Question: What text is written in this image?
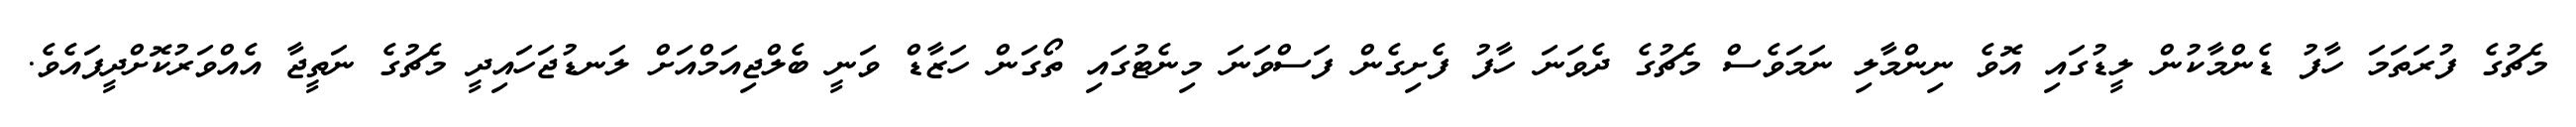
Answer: މެޗުގެ ފުރަތަމަ ހާފު ޑެންމާކުން ލީޑުގައި އޮވެ ނިންމާލި ނަމަވެސް މެޗުގެ ދެވަނަ ހާފު ފެށިގެން ފަސްވަނަ މިނެޓުގައި ތޯގަން ހަޒާޑް ވަނީ ބެލްޖިއަމްއަށް ލަނޑުޖަހައިދީ މެޗުގެ ނަތީޖާ އެއްވަރުކޮށްދީފައެވެ.